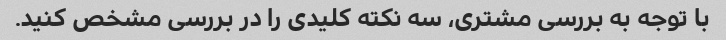
با توجه به بررسی مشتری، سه نکته کلیدی را در بررسی مشخص کنید.